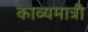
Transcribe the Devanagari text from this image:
काव्यमात्री